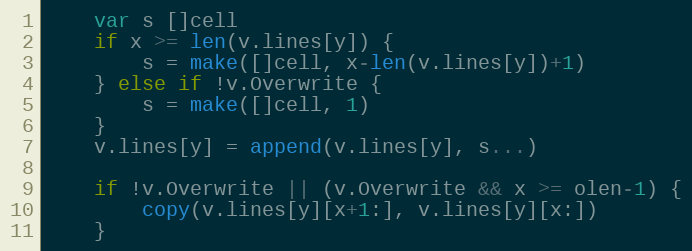
Language: Go
	var s []cell
	if x >= len(v.lines[y]) {
		s = make([]cell, x-len(v.lines[y])+1)
	} else if !v.Overwrite {
		s = make([]cell, 1)
	}
	v.lines[y] = append(v.lines[y], s...)

	if !v.Overwrite || (v.Overwrite && x >= olen-1) {
		copy(v.lines[y][x+1:], v.lines[y][x:])
	}